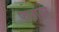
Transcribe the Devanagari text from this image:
फलावर्